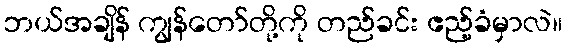
ဘယ်အချိန် ကျွန်တော်တို့ကို တည်ခင်း ဧည့်ခံမှာလဲ။